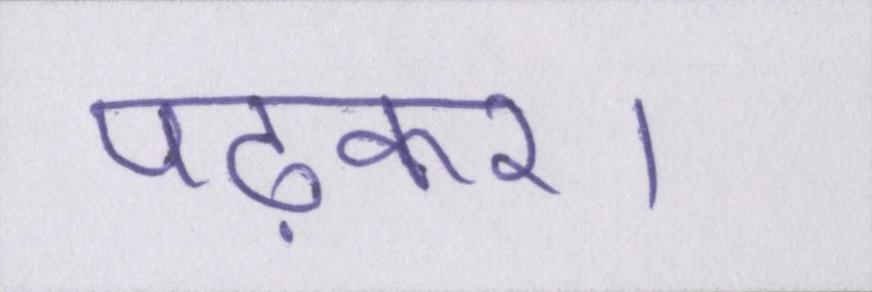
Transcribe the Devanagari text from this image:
पढ़कर।